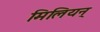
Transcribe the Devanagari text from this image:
मिलियन्